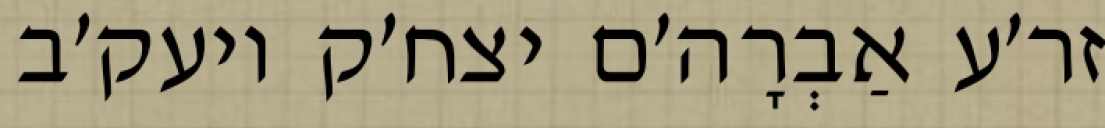
זר׳ע אַבְרָה׳ם יצח׳ק ויעק׳ב